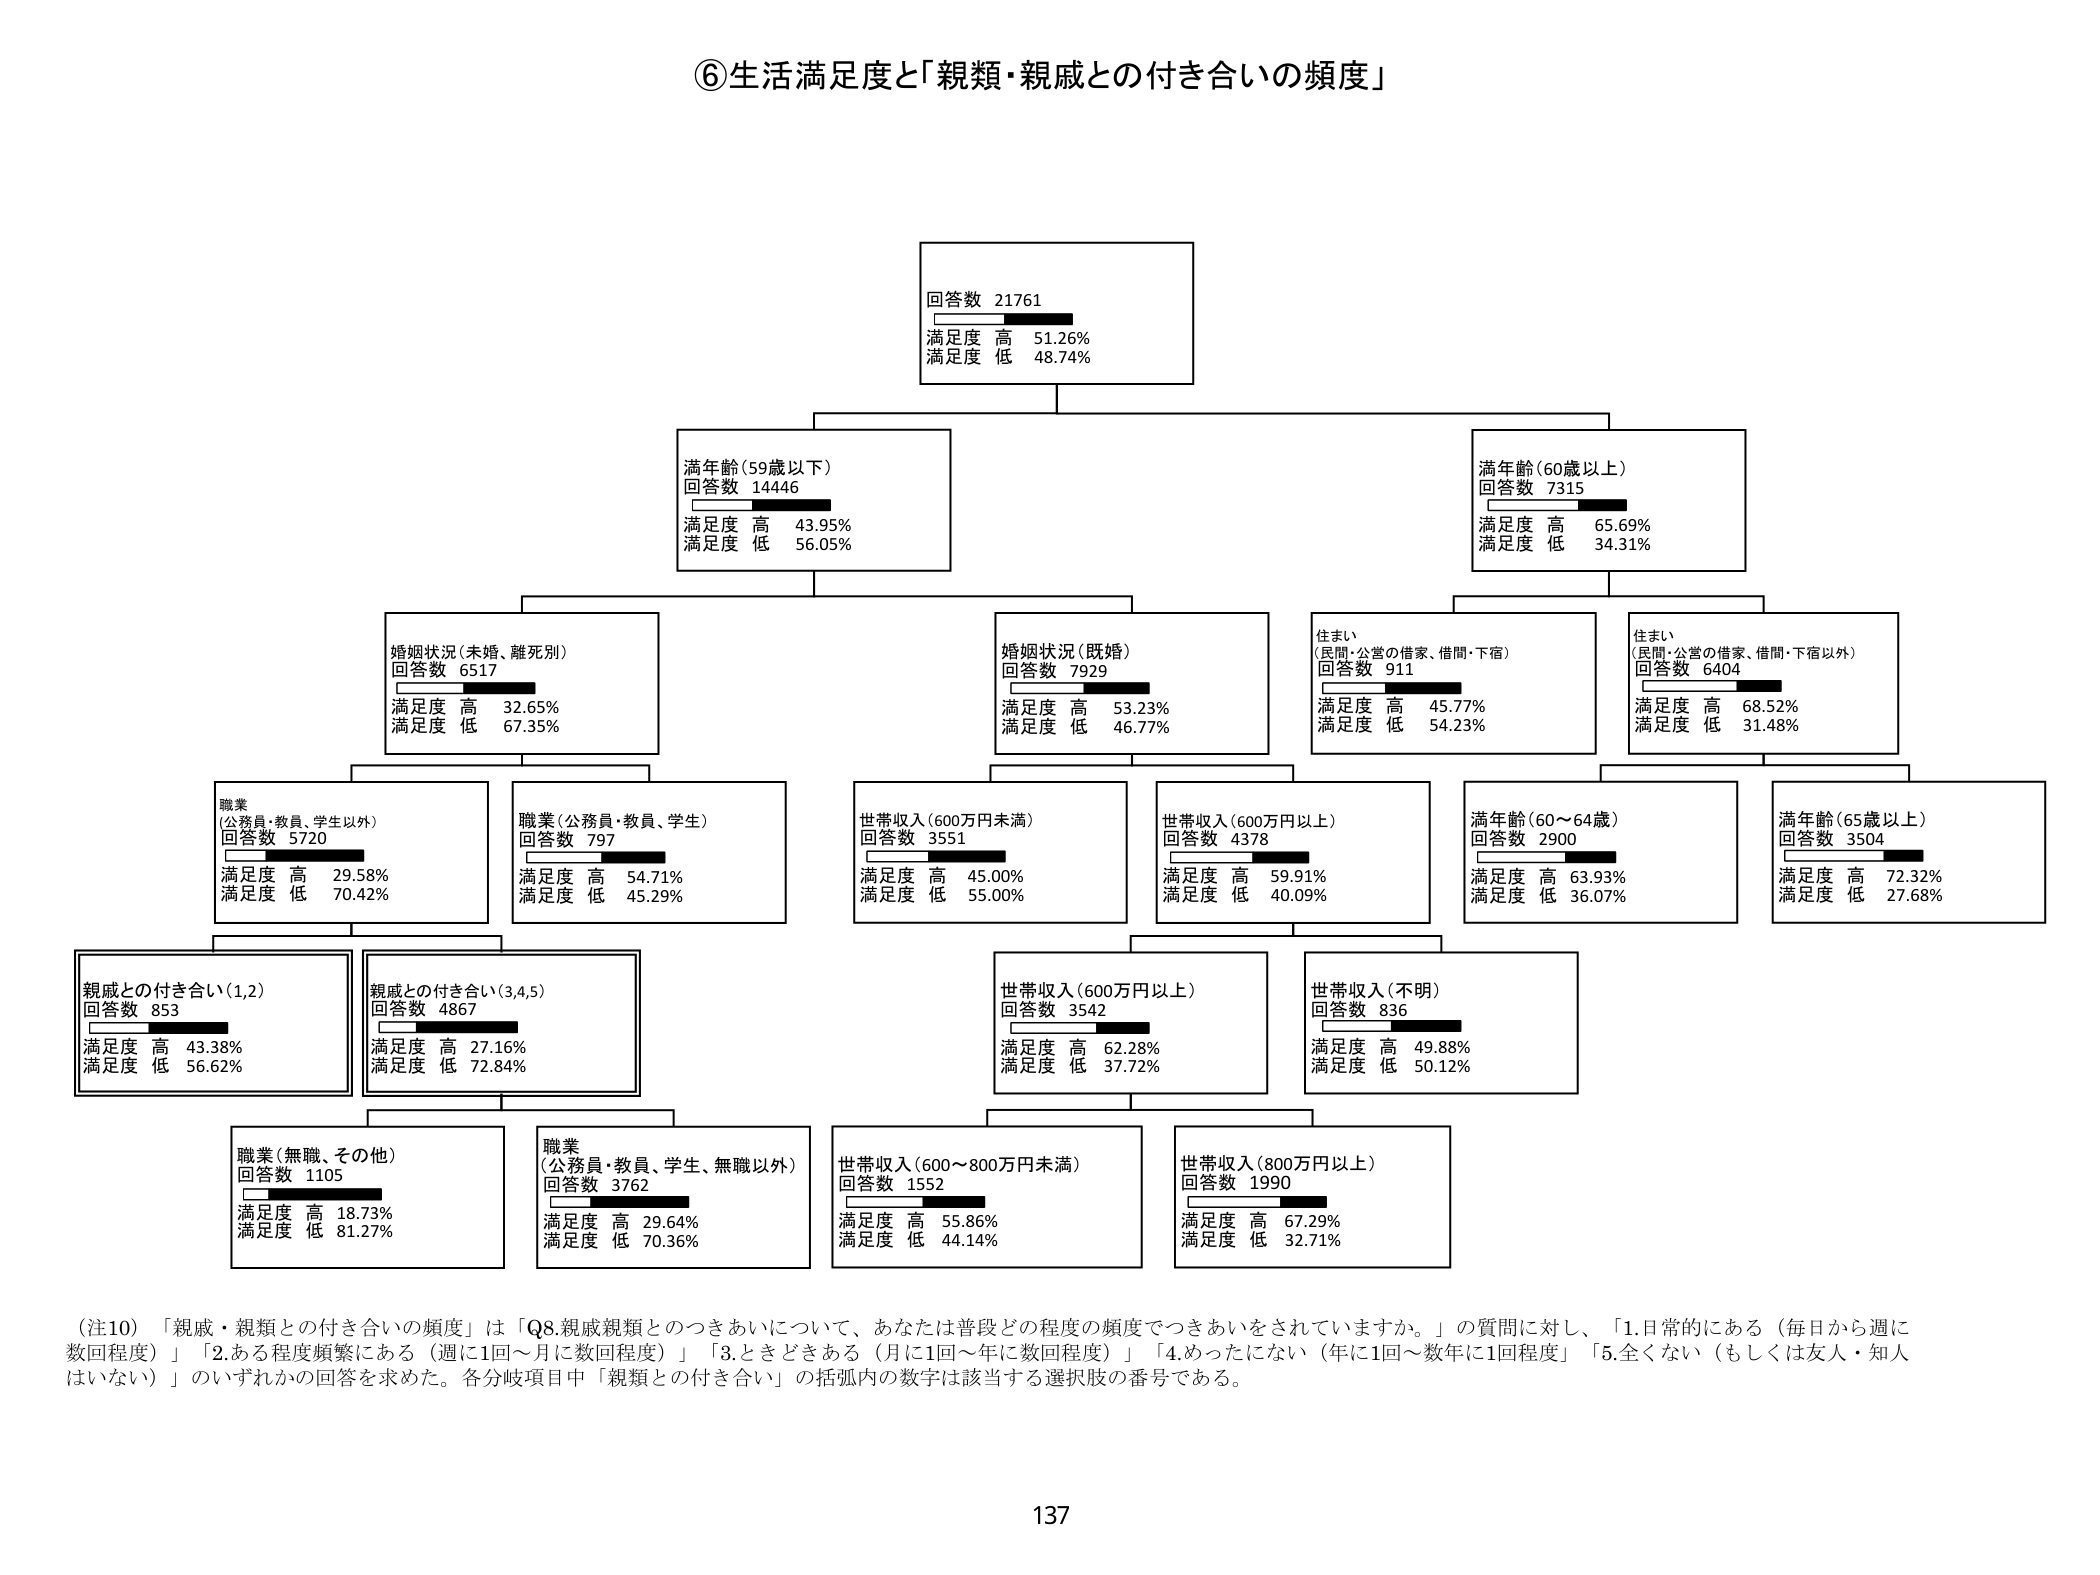
⑥生活満足度と「親類・親戚との付き合いの頻度」

回答数 21761
満足度 高 51.26%
満足度 低 48.74%

満年齢（59歳以下）
回答数 14446
満足度 高 43.95%
満足度 低 56.05%

満年齢（60歳以上）
回答数 7315
満足度 高 65.69%
満足度 低 34.31%

婚姻状況（未婚、離死別）
回答数 6517
満足度 高 32.65%
満足度 低 67.35%

婚姻状況（既婚）
回答数 7929
満足度 高 53.23%
満足度 低 46.77%

住まい
（民間・公営の借家、借間・下宿）
回答数 911
満足度 高 45.77%
満足度 低 54.23%

住まい
（民間・公営の借家、借間・下宿以外）
回答数 6404
満足度 高 68.52%
満足度 低 31.48%

職業
（公務員・教員、学生以外）
回答数 5720
満足度 高 29.58%
満足度 低 70.42%

職業（公務員・教員、学生）
回答数 797
満足度 高 54.71%
満足度 低 45.29%

世帯収入（600万円未満）
回答数 3551
満足度 高 45.00%
満足度 低 55.00%

世帯収入（600万円以上）
回答数 4378
満足度 高 59.91%
満足度 低 40.09%

満年齢（60～64歳）
回答数 2900
満足度 高 63.93%
満足度 低 36.07%

満年齢（65歳以上）
回答数 3504
満足度 高 72.32%
満足度 低 27.68%

親戚との付き合い（1,2）
回答数 853
満足度 高 43.38%
満足度 低 56.62%

親戚との付き合い（3,4,5）
回答数 4867
満足度 高 27.16%
満足度 低 72.84%

職業（無職、その他）
回答数 1105
満足度 高 18.73%
満足度 低 81.27%

職業
（公務員・教員、学生、無職以外）
回答数 3762
満足度 高 29.64%
満足度 低 70.36%

世帯収入（600～800万円未満）
回答数 1552
満足度 高 55.86%
満足度 低 44.14%

世帯収入（800万円以上）
回答数 1990
満足度 高 67.29%
満足度 低 32.71%

世帯収入（600万円以上）
回答数 3542
満足度 高 62.28%
満足度 低 37.72%

世帯収入（不明）
回答数 836
満足度 高 49.88%
満足度 低 50.12%

（注10）「親戚・親類との付き合いの頻度」は「Q8.親戚親類とのつきあいについて、あなたは普段どの程度の頻度でつきあいをされていますか。」の質問に対し、「1.日常的にある（毎日から週に数回程度）」「2.ある程度頻繁にある（週に1回～月に数回程度）」「3.ときどきある（月に1回～年に数回程度）」「4.めったにない（年に1回～数年に1回程度）」「5.全くない（もしくは友人・知人はない）」のいずれかの回答を求めた。各分岐項目中「親類との付き合い」の括弧内の数字は該当する選択肢の番号である。

137